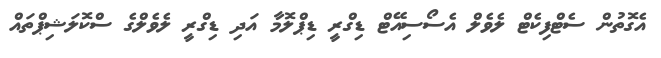
އެގޮތުން ސެޓްފިކެޓް ލެވެލް އެސޯސިއޭޓް ޑިގްރީ ޑިޕްލޮމާ އަދި ޑިގްރީ ލެވެލްގެ ސްކޮލަޝިޕްތައް